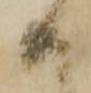
共